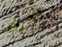
أعرف